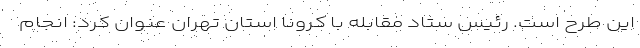
این طرح است. رئیس ستاد مقابله با کرونا استان تهران عنوان کرد: انجام